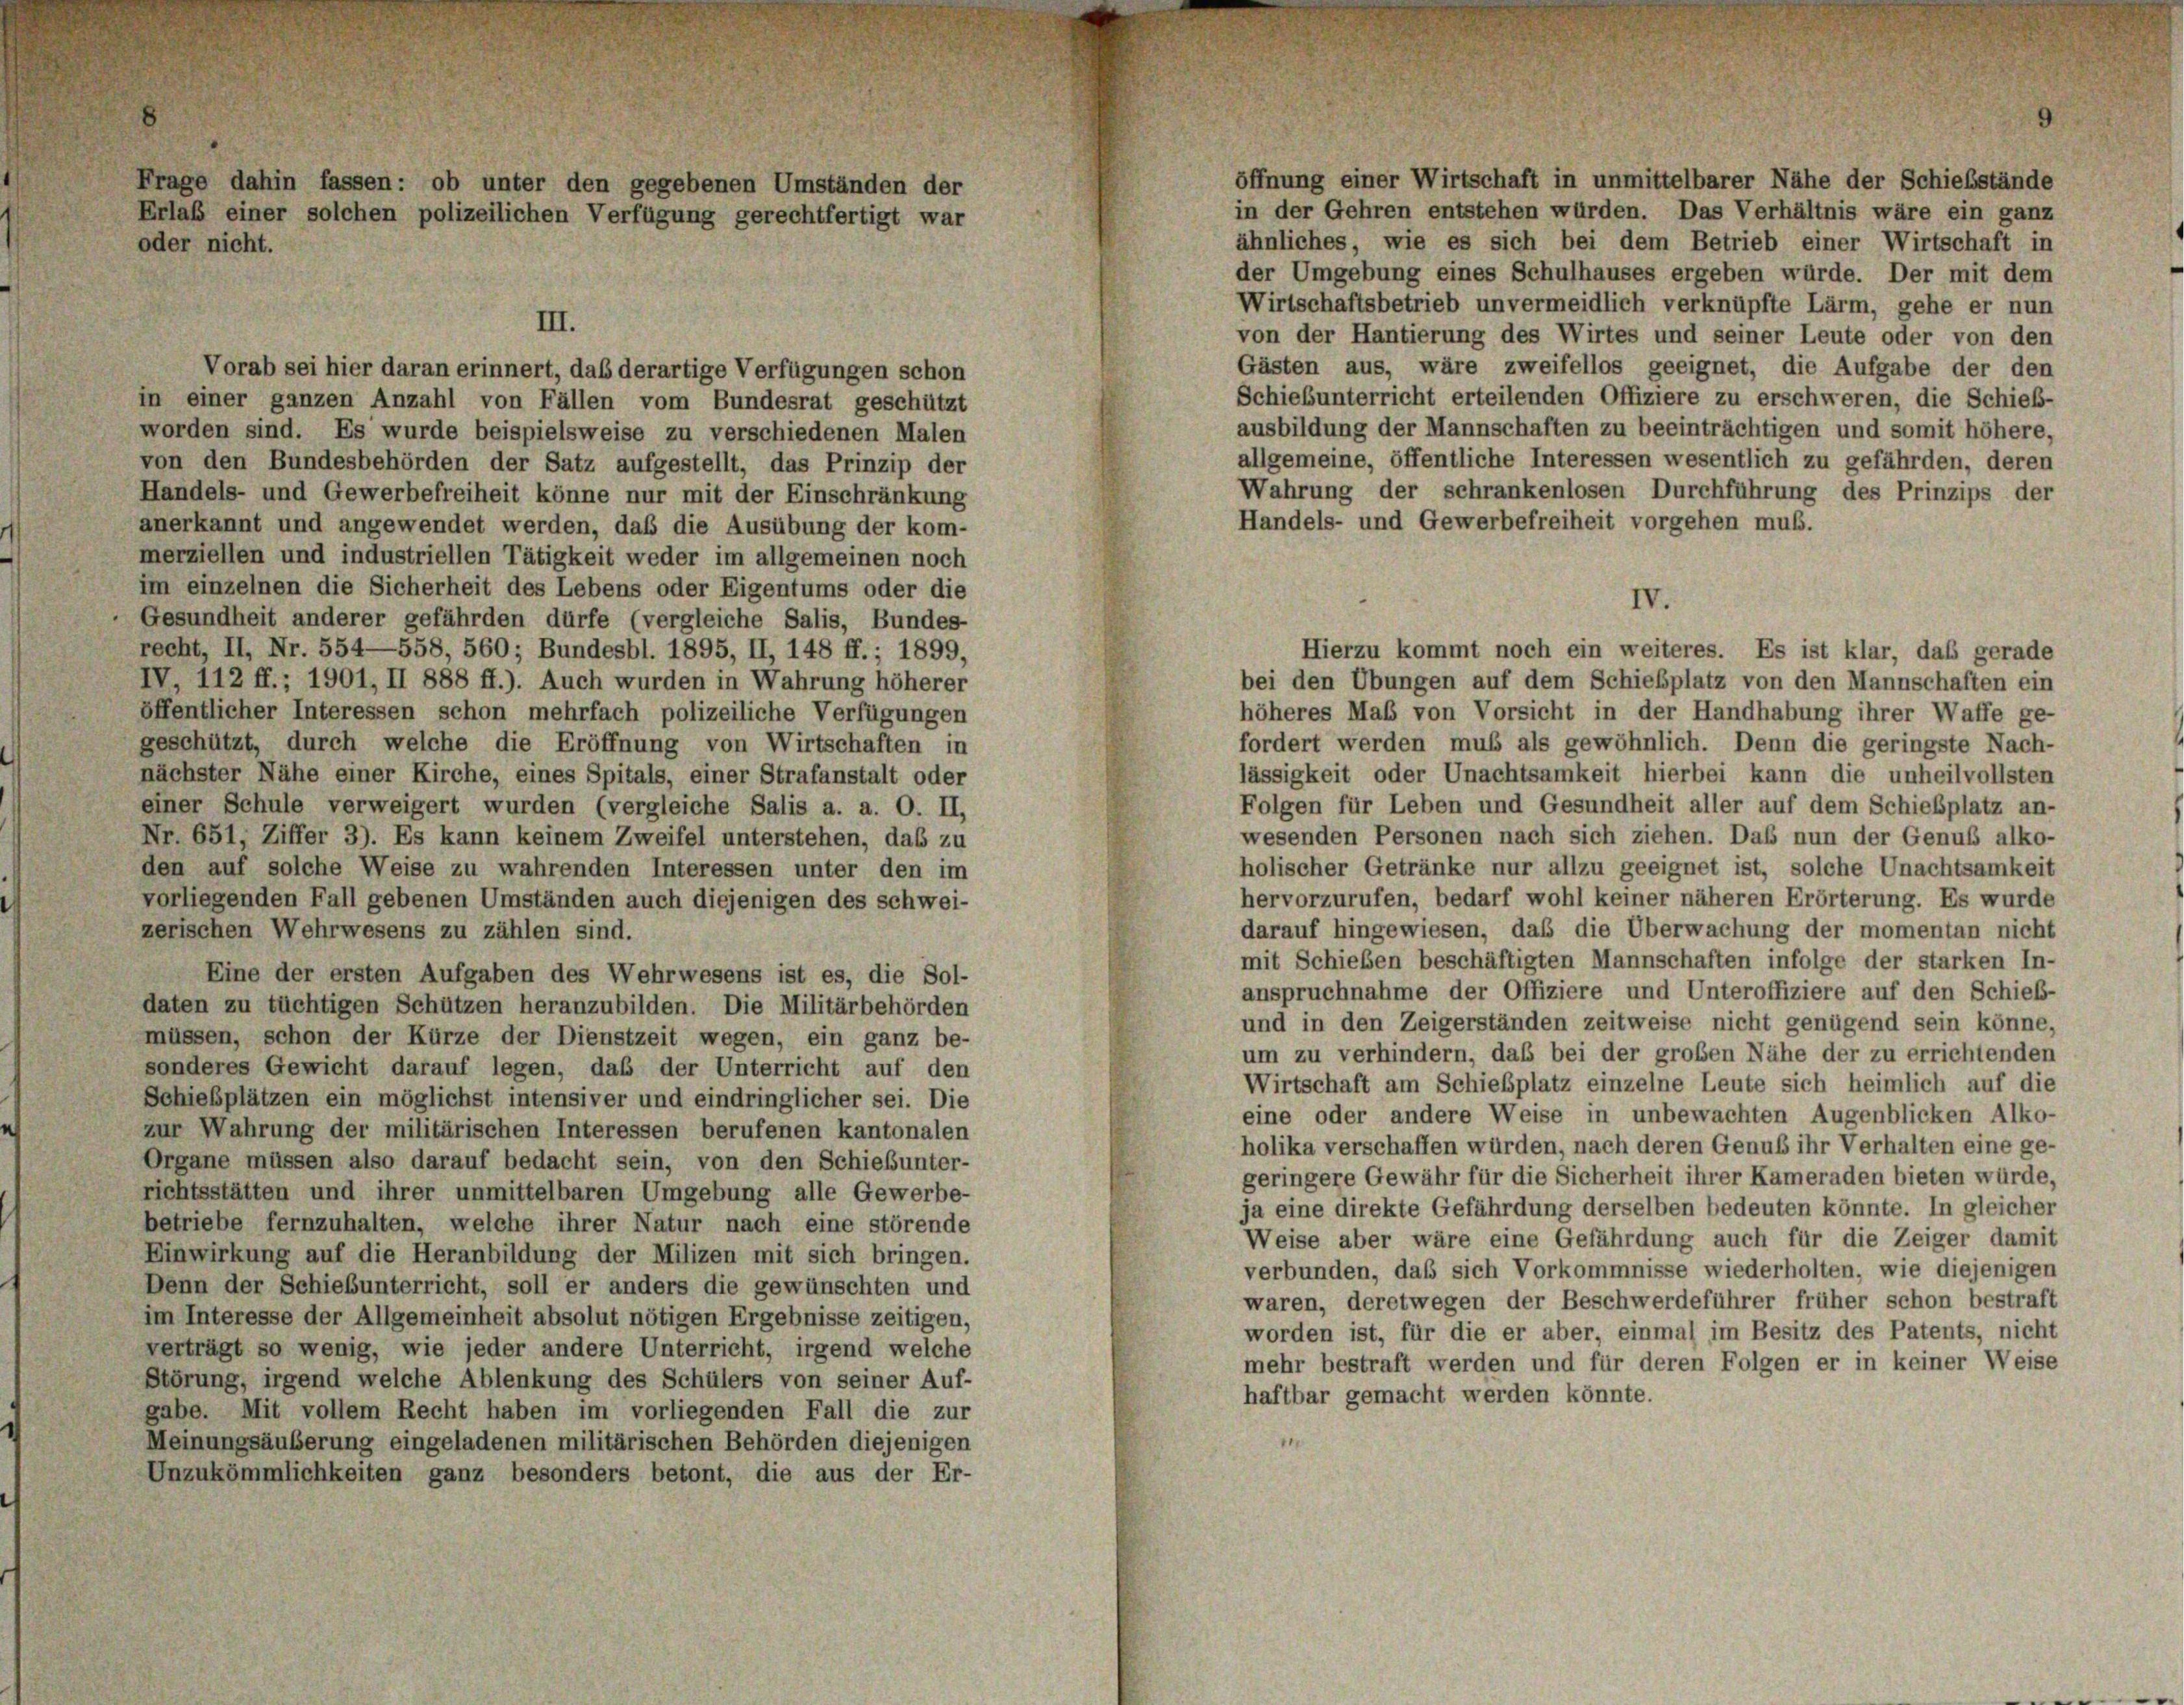
öffnung einer Wirtschaft in unmittelbarer Nähe der Schiebstände
in der Gehren entstehen würden. Das Verhältnis wäre ein ganz
ähnliches, wie es sich bei dem Betrieb einer Wirtschaft in
der Umgebung eines Schulhauses ergeben würde. Der mit dem
Wirtschaftsbetrieb unvermeidlich verknüpfte Lärm, gehe er nun
von der Hantierung des Wirtes und seiner Leute oder von den
Gästen aus, wäre zweifellos geeignet, die Aufgabe der den
Vorab sei hier daran erinnert, das derartige Verfügungen schon
Schiebunterricht erteilenden Offiziere zu erschweren, die Schieb-
in einer ganzen Anzahl von Fällen vom Bundesrat geschützt
ausbildung der Mannschaften zu beeinträchtigen und somit höhere,
worden sind. Es wurde beispielsweise zu verschiedenen Malen
allgemeine, öffentliche Interessen wesentlich zu gefährden, deren
von den Bundesbehörden der Satz aufgestellt, das Prinzip der
Wahrung der schrankenlosen Durchführung des Prinzips der
Handels- und Gewerbefreiheit könne nur mit der Einschränkung
Handels- und Gewerbefreiheit vorgehen muß.
anerkannt und angewendet werden, daß die Ausübung der kom-
merziellen und industriellen Tätigkeit weder im allgemeinen noch
im einzelnen die Sicherheit des Lebens oder Eigentums oder die
IV.
Gesundheit anderer gefährden dürfe (vergleiche Salis, Bundes-
recht, II, Nr. 554—558, 560; Bundesbl. 1895, II, 148 ff.; 1899,
Hierzu kommt noch ein weiteres. Es ist klar, daß gerade
IV, 112 ff.; 1901, II 888 ff.). Auch wurden in Wahrung höherer
bei den Übungen auf dem Schiebplatz von den Mannschaften ein
öffentlicher Interessen schon mehrfach polizeiliche Verfügungen
höheres Maß von Vorsicht in der Handhabung ihrer Waffe ge-
geschützt, durch welche die Eröffnung von Wirtschaften in
fordert werden muß als gewöhnlich. Denn die geringste Nach-
lässigkeit oder Unachtsamkeit hierbei kann die unheilvollsten
nächster Nähe einer Kirche, eines Spitals, einer Strafanstalt oder
einer Schule verweigert wurden (vergleiche Salis a. a. O. II,
Folgen für Leben und Gesundheit aller auf dem Schiebplatz an-
wesenden Personen nach sich ziehen. Das nun der Genuß alko-
Nr. 651, Ziffer 3). Es kann keinem Zweifel unterstehen, das zu
holischer Getränke nur allzu geeignet ist, solche Unachtsamkeit
den auf solche Weise zu wahrenden Interessen unter den im
hervorzurufen, bedarf wohl keiner näheren Erörterung. Es wurde
vorliegenden Fall gebenen Umständen auch diejenigen des schwei-
darauf hingewiesen, daß die Überwachung der momentan nicht
zerischen Wehrwesens zu zählen sind.
mit Schieben beschäftigten Mannschaften infolge der starken In-
Eine der ersten Aufgaben des Wehrwesens ist es, die Sol-
anspruchnahme der Offiziere und Unteroffiziere auf den Schieß-
daten zu tüchtigen Schützen heranzubilden. Die Militärbehörden
und in den Zeigerständen zeitweise nicht genügend sein könne,
müssen, schon der Kürze der Dienstzeit wegen, ein ganz be-
um zu verhindern, daß bei der großen Nähe der zu errichtenden
sonderes Gewicht darauf legen, daß der Unterricht auf den
Wirtschaft am Schiebplatz einzelne Leute sich heimlich auf die
Schießplätzen ein möglichst intensiver und eindringlicher sei. Die
eine oder andere Weise in unbewachten Augenblicken Alko-
zur Wahrung der militärischen Interessen berufenen kantonalen
holika verschaffen würden, nach deren Genuß ihr Verhalten eine ge-
Organe müssen also darauf bedacht sein, von den Schiebunter-
geringere Gewähr für die Sicherheit ihrer Kameraden bieten würde,
richtsstätten und ihrer unmittelbaren Umgebung alle Gewerbe-
ja eine direkte Gefährdung derselben bedeuten könnte. In gleicher
betriebe fernzuhalten, welche ihrer Natur nach eine störende
Weise aber wäre eine Gefährdung auch für die Zeiger damit
Einwirkung auf die Heranbildung der Milizen mit sich bringen.
verbunden, daß sich Vorkommnisse wiederholten, wie diejenigen
Denn der Schiebunterricht, soll er anders die gewünschten und
waren, deretwegen der Beschwerdeführer früher schon bestraft
im Interesse der Allgemeinheit absolut nötigen Ergebnisse zeitigen,
worden ist, für die er aber, einmal im Besitz des Patents, nicht
verträgt so wenig, wie jeder andere Unterricht, irgend welche
mehr bestraft werden und für deren Folgen er in keiner Weise
Störung, irgend welche Ablenkung des Schülers von seiner Auf-
haftbar gemacht werden könnte.
gabe. Mit vollem Recht haben im vorliegenden Fall die zur
Meinungsäuberung eingeladenen militärischen Behörden diejenigen
Unzukömmlichkeiten ganz besonders betont, die aus der Er-

Frage dahin fassen: ob unter den gegebenen Umständen der
Erlaß einer solchen polizeilichen Verfügung gerechtfertigt war
oder nicht.

III.